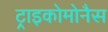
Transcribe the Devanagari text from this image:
ट्राइकोमोनैस